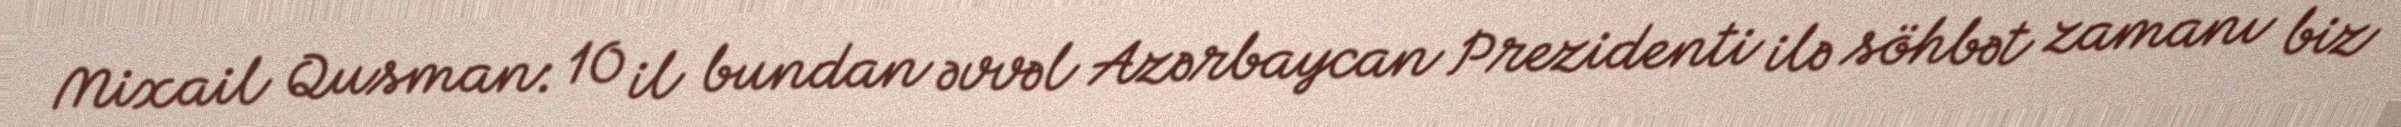
Mixail Qusman: 10 il bundan əvvəl Azərbaycan Prezidenti ilə söhbət zamanı biz